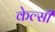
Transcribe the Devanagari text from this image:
केल्सी